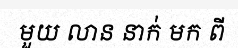
មួយ លាន នាក់ មក ពី